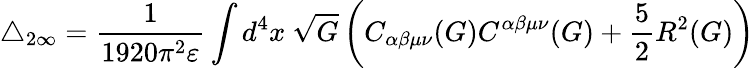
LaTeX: \triangle_{2\infty}=\frac{1}{1920\pi^{2}\varepsilon}\int d^{4}x~\sqrt{G}\left(C_{\alpha\beta\mu\nu}(G)C^{\alpha\beta\mu\nu}(G)+\frac{5}{2}R^{2}(G)\right)